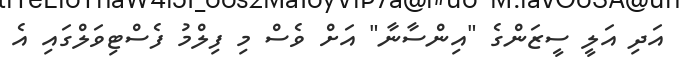
އަދި އަލީ ސީޒަންގެ "އިންސާނާ" އަށް ވެސް މި ފިލްމު ފެސްޓިވަލްގައި އެ